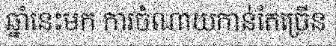
ឆ្នាំនេះមក ការចំណាយកាន់តែច្រើន